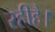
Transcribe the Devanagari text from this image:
रहीहै।